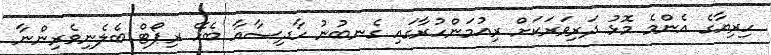
ހިރިޔާގެ އެންމެ މޮޅު ދަރިވަރަކަށް ރިއުމަންހުރާގައި ގެނބުނު ހާދިސާއާ ބެހޭ ރިޕޯޓް ބެލެނިވެރިންނާ